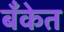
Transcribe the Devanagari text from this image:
बॅँकेत